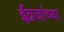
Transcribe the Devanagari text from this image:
ईग्रजांच्या